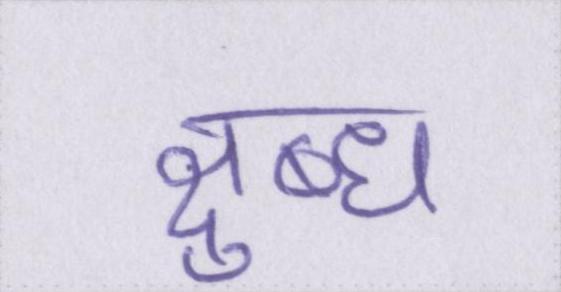
क्षुब्ध